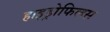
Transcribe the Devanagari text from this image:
हाइड्रोफिलस